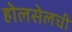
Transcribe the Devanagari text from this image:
होलसेलची